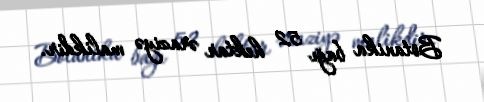
Botanika bağı 52 hektar əraziyə malikdir.